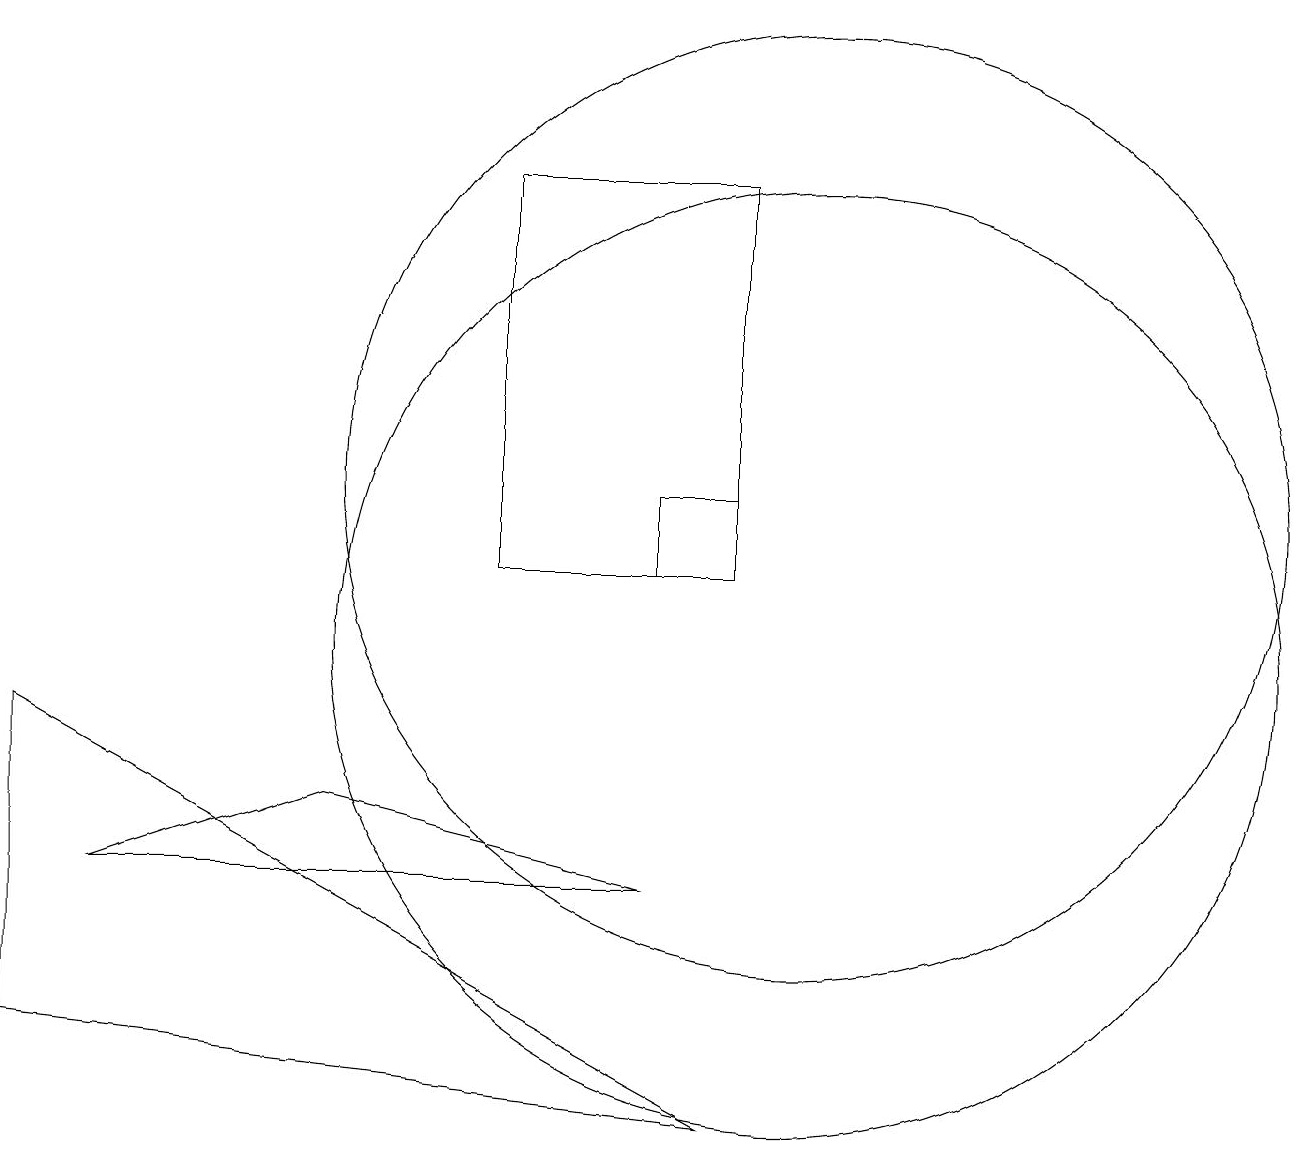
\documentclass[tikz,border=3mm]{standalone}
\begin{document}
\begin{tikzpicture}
\draw (9,4) -- (0,9) -- (0,5) -- cycle;
\draw (10,12) circle (6);
\draw (10,10) circle (6);
\draw (6,11) rectangle (9,16);
\draw (1,7) -- (8,7) -- (4,8) -- cycle;
\draw (8,11) rectangle (9,12);
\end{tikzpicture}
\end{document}